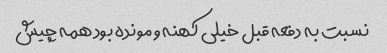
نسبت به دفعه قبل خیلی کهنه و مونده بود همه چیش